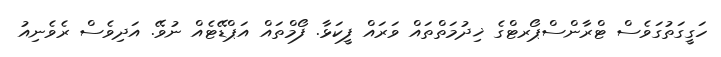
ހަގީގަތުގަވެސް ޓްރާންސްޕޯރޓްގެ ޚިދުމަތްތައް ވަރައް ފީކަޅާ. ފޯމްތައް އަޕްޑޭޓެއް ނުވޭ. އަދިވެސް ރެވެނިއު